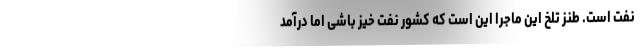
نفت است. طنز تلخ این ماجرا این است که کشور نفت خیز باشی اما درآمد